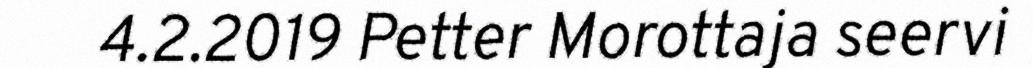
4.2.2019 Petter Morottaja seervi